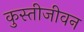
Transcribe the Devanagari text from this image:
कुस्तीजीवन